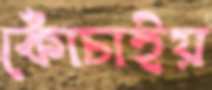
কোঁচাইয়